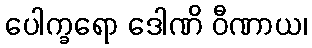
ပေါက္ခရော ဒေါဏိ ဝီဏာယ၊